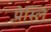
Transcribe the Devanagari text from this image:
प्रेस्लि